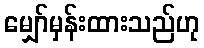
မျှော်မှန်းထားသည်ဟု